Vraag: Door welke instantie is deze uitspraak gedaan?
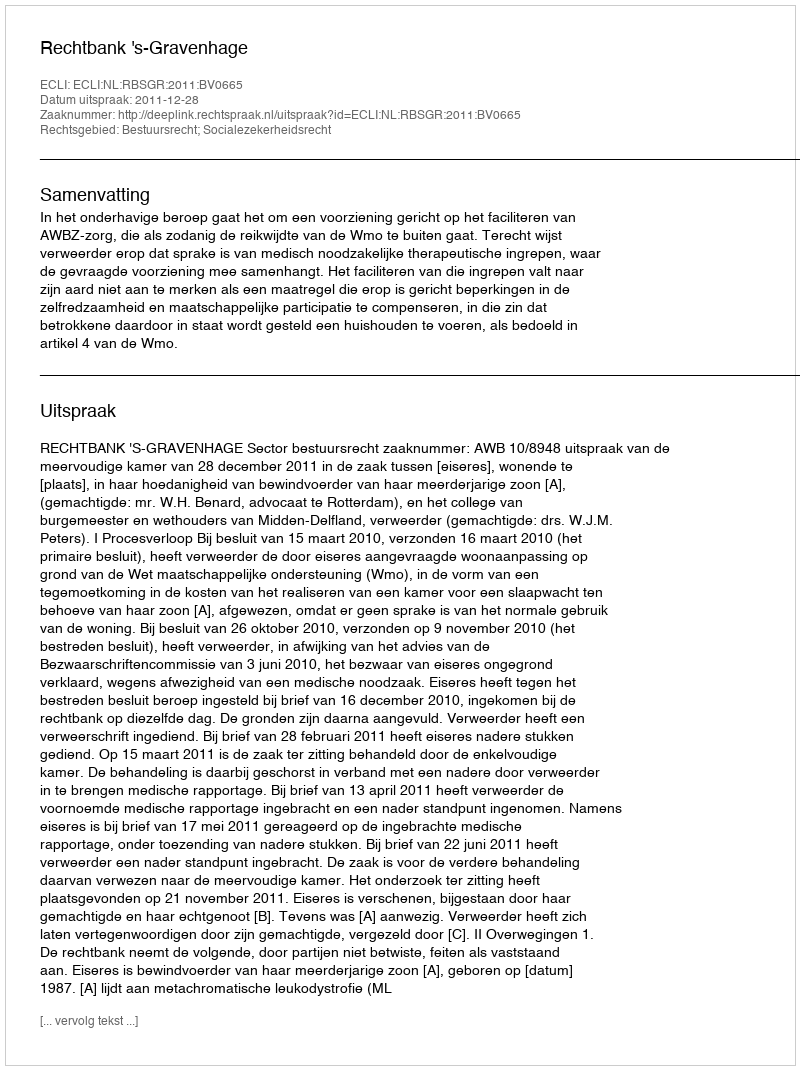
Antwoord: Rechtbank 's-Gravenhage